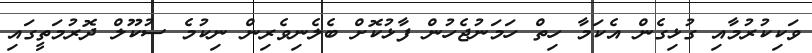
ވަކިކުރުމާއި ގުޅިގެން އެކަމާ ހިތް ހަމަނުޖެހުން ފާޅުކޮށް ބެލެނިވެރިން ނިކުމެ ސުކޫލް ދޮރުމަތީގައި